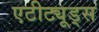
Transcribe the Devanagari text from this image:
एटीट्यूड्स